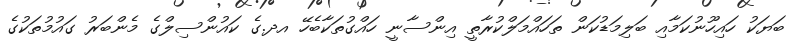
ބަޔަކު ހައިހޫނުކަމާއި ބަލިމަޑުކަން ތަހައްމަލްކުރާތީ އިންސާނީ ހައްގުތަކާބެހޭ އދ.ގެ ކައުންސިލްގެ މެންބަރު ގައުމުތަކުގެ